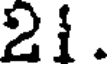
21.